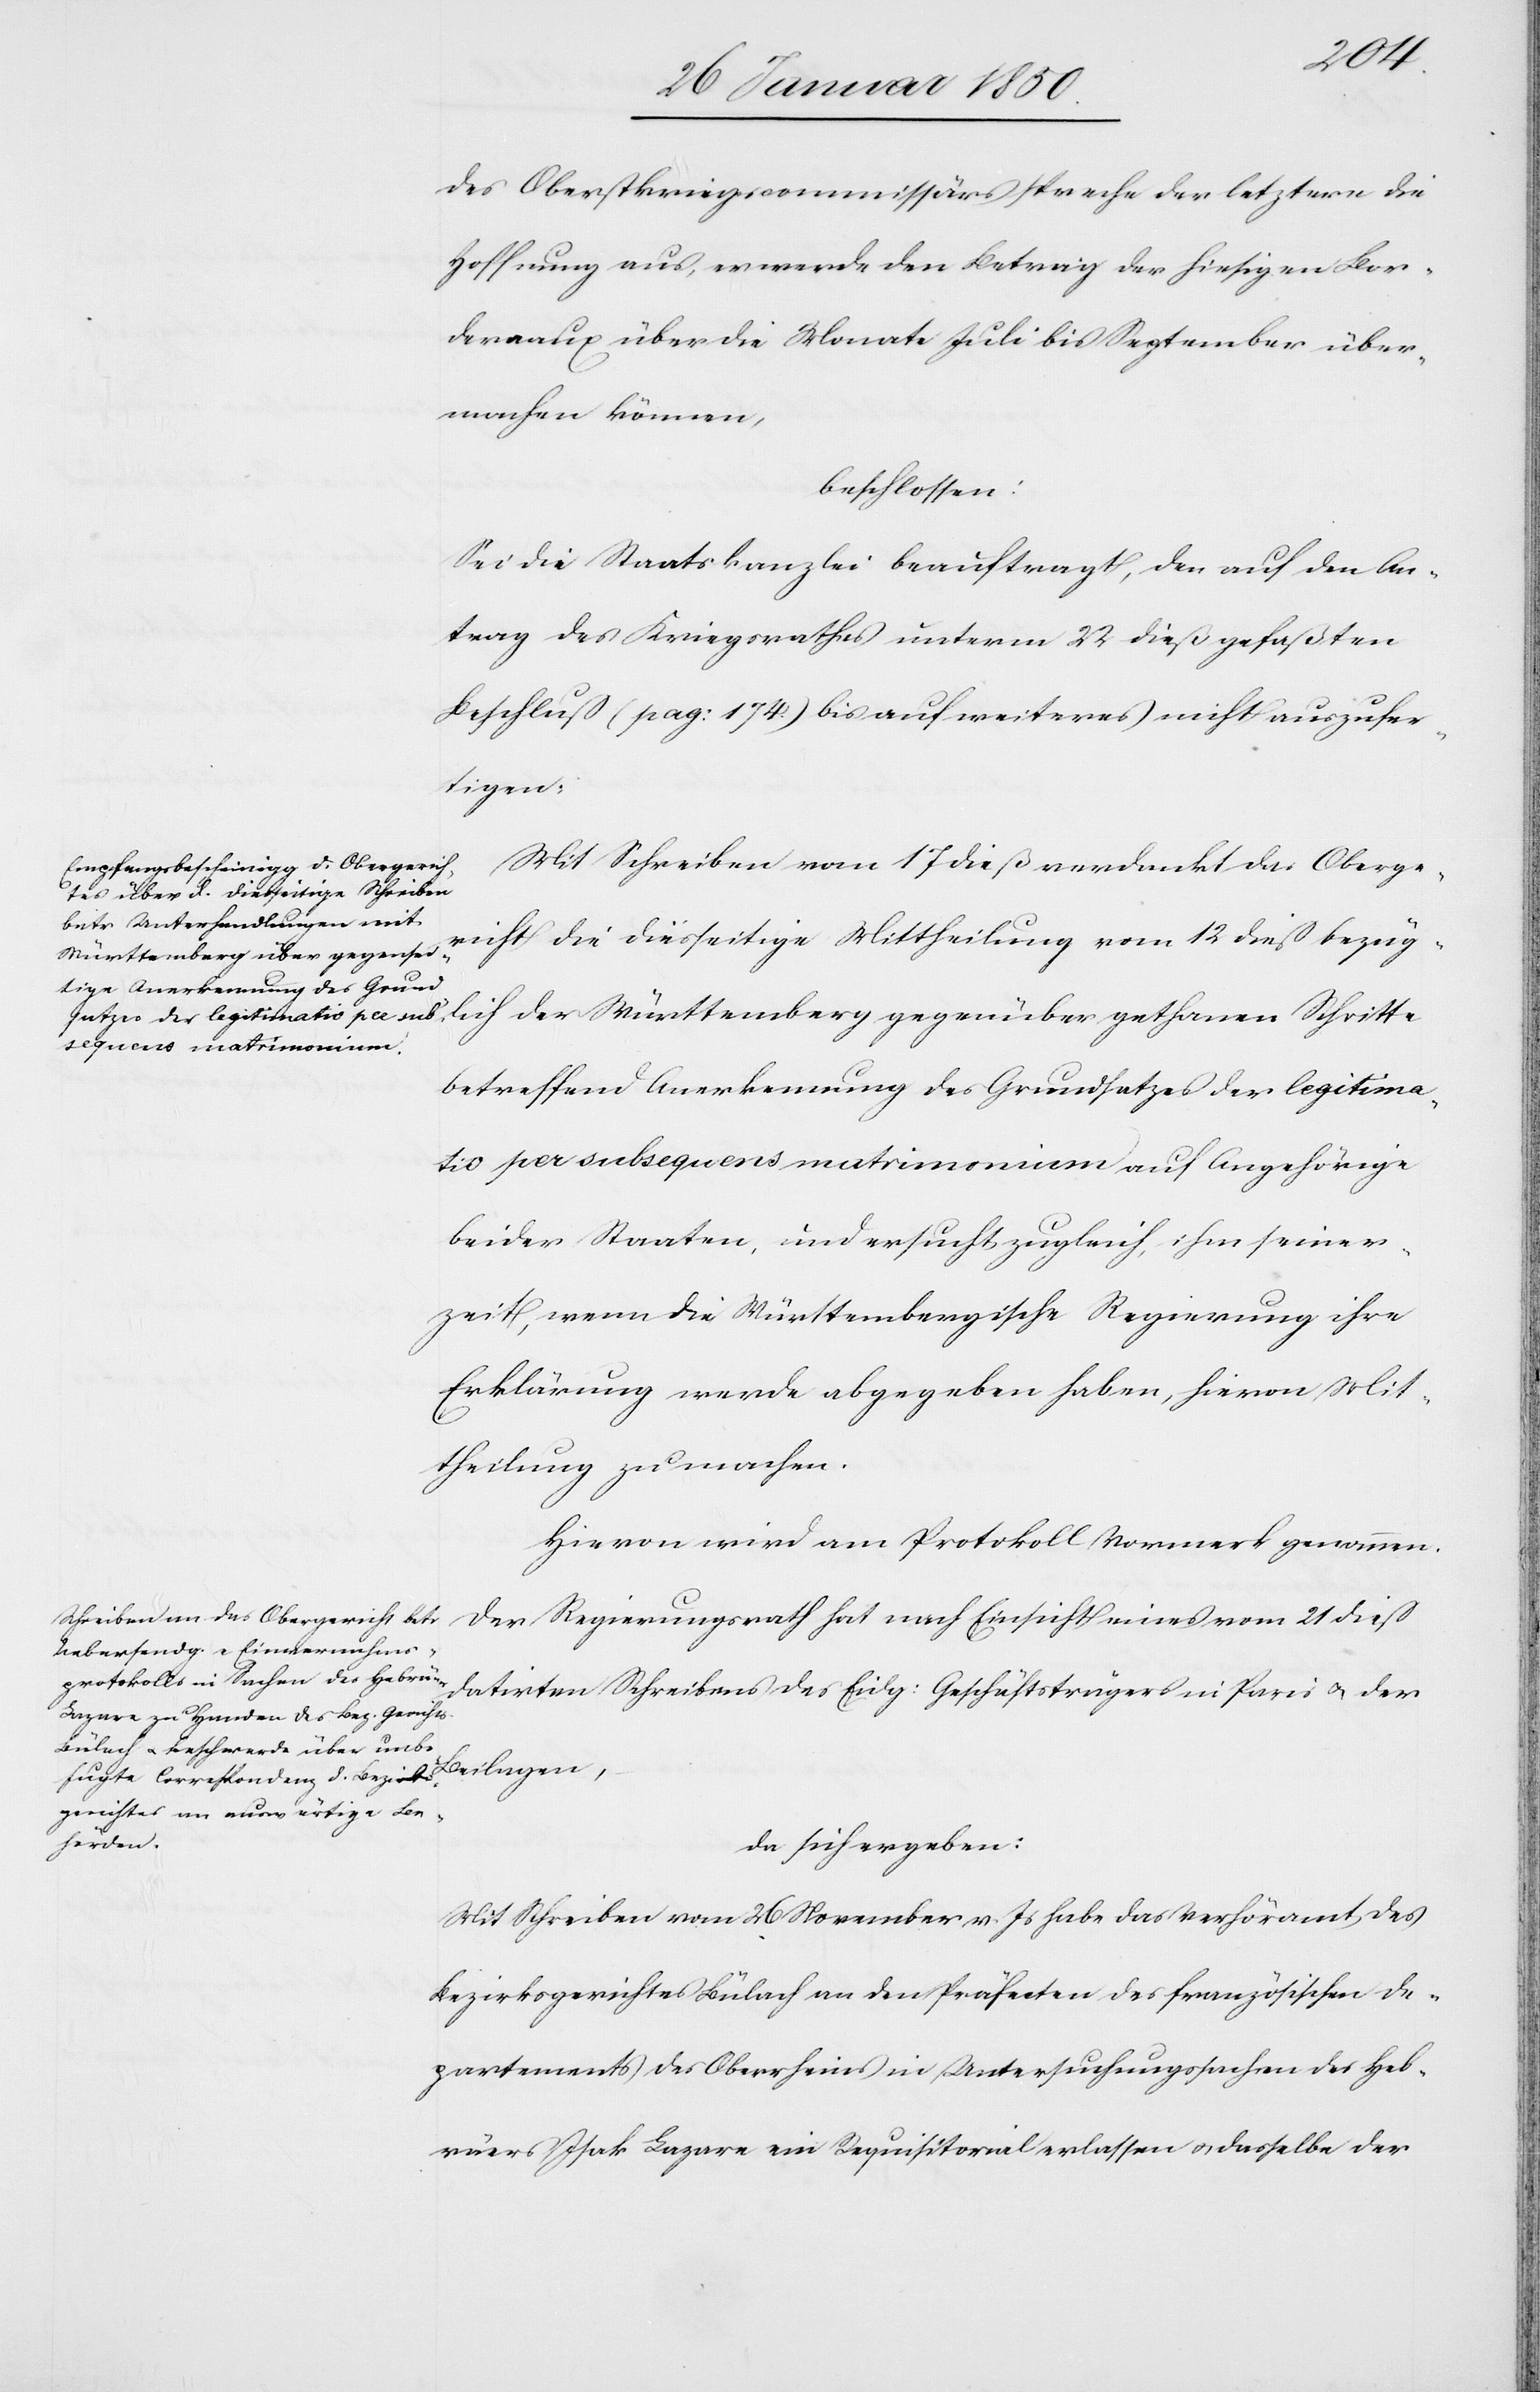
dieß
des Oberstkriegscommissärs spreche der letztere die
Hoffnung aus, er werde den Betrag der hiesigen Bor¬
dereaux über die Monate Juli bis September über¬
machen können,
beschlossen:
Sei die Staatskanzlei beauftragt, den auf den An¬
trag des Kriegsrathes unterm 22 dieß gefaßten
Beschluß (pag: 174) bis auf weiteres nicht auszufer¬
tigen.
Mit Schreiben vom 17 dieß verdankt das Oberge¬
richt die diesseitige Mittheilung vom 12 dieß bezüg¬
lich der Württemberg gegenüber gethanen Schritte
betreffend Anerkennung des Grundsatzes der legitima¬
tio per subsequens matrimonium auf Angehörige
beider Staaten, und ersucht zugleich, ihm seiner¬
zeit, wenn die Württembergische Regierung ihre
Erklärung werde abgegeben haben, hievon Mit¬
theilung zu machen.
Hievon wird am Protokoll Vormerk genommen.
datirten Schreibens des Eidgenössisch: Geschäftsträgers in Paris u. der
da sich ergeben:
Mit Schreiben vom 26 November v. Js habe das Verhöramt des
Bezirksgerichtes Bülach an den Präfecten des französischen De¬
partements des Oberrheins in Untersuchungssachen des Heb¬
räers Isak Lazare ein Requisitorial erlassen u. dasselbe der